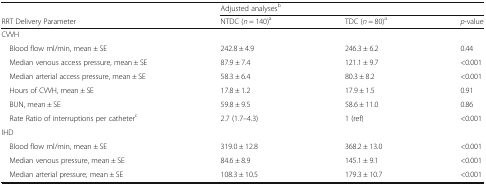
<table><thead><tr><td></td><td colspan="3"><b>Adjusted analyses<sup>b</sup></b></td></tr><tr><td><b>RRT Delivery Parameter</b></td><td><b>NTDC (<i>n</i> = 140)<sup>a</sup></b></td><td><b>TDC (<i>n</i> = 80)<sup>a</sup></b></td><td><b><i>p</i>-value</b></td></tr></thead><tbody><tr><td colspan="4">CVVH</td></tr><tr><td> Blood flow ml/min, mean ± SE</td><td>242.8 ± 4.9</td><td>246.3 ± 6.2</td><td>0.44</td></tr><tr><td> Median venous access pressure, mean ± SE</td><td>87.9 ± 7.4</td><td>121.1 ± 9.7</td><td>&lt;0.001</td></tr><tr><td> Median arterial access pressure, mean ± SE</td><td>58.3 ± 6.4</td><td>80.3 ± 8.2</td><td>&lt;0.001</td></tr><tr><td> Hours of CVVH, mean ± SE</td><td>17.8 ± 1.2</td><td>17.9 ± 1.5</td><td>0.91</td></tr><tr><td> BUN, mean ± SE</td><td>59.8 ± 9.5</td><td>58.6 ± 11.0</td><td>0.86</td></tr><tr><td> Rate Ratio of interruptions per catheter<sup>c</sup></td><td>2.7 (1.7–4.3)</td><td>1 (ref)</td><td>&lt;0.001</td></tr><tr><td colspan="4">IHD</td></tr><tr><td> Blood flow ml/min, mean ± SE</td><td>319.0 ± 12.8</td><td>368.2 ± 13.0</td><td>&lt;0.001</td></tr><tr><td> Median venous pressure, mean ± SE</td><td>84.6 ± 8.9</td><td>145.1 ± 9.1</td><td>&lt;0.001</td></tr><tr><td> Median arterial pressure, mean ± SE</td><td>108.3 ± 10.5</td><td>179.3 ± 10.7</td><td>&lt;0.001</td></tr></tbody></table>